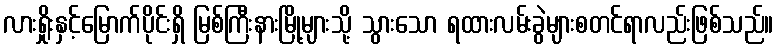
လားရှိုးနှင့်မြောက်ပိုင်းရှိ မြစ်ကြီးနားမြို့များသို့ သွားသော ရထားလမ်းခွဲများစတင်ရာလည်းဖြစ်သည်။